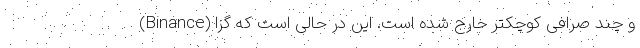
(Binance) و چند صرافی کوچکتر خارج شده است. این در حالی است که گزا